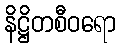
နိဋ္ဌိတစီဝရော